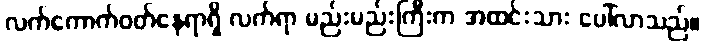
လက်ကောက်ဝတ်နေရာရှိ လက်ရာ မည်းမည်းကြီးက အထင်းသား ပေါ်လာသည်။